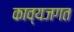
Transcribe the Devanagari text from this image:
काव्यजगत